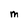
Character: M